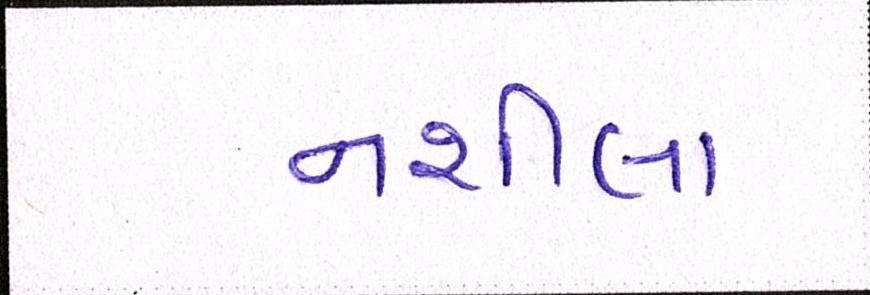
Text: નશીલા